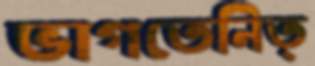
ভাগতেনিত্